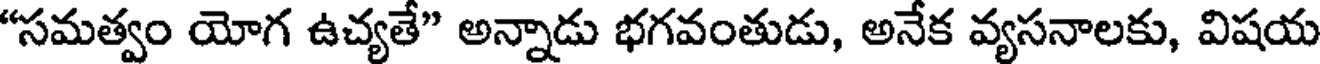
"సమత్వం యోగ ఉచ్యతే" అన్నాడు భగవంతుడు, అనేక వ్యసనాలకు, విషయ